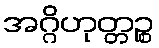
အဂ္ဂိဟုတ္တဉ္စ